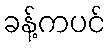
ခန့်ကပင်